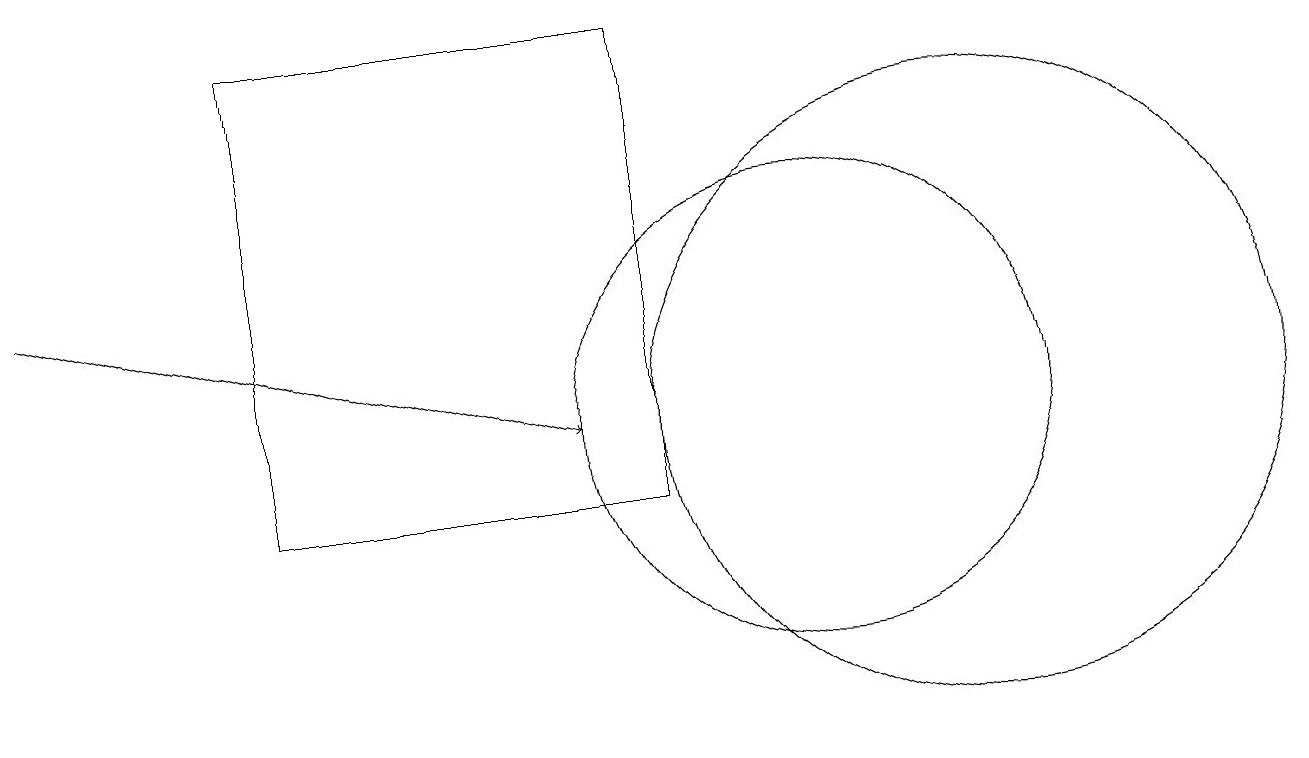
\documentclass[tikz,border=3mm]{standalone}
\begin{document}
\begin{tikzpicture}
\draw[->] (0,14) -- (7,12);
\draw (12,12) circle (4);
\draw (8,11) rectangle (3,17);
\draw (10,12) circle (3);
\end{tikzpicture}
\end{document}